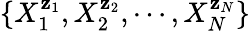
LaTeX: \{ X_{1}^{\mathbf{z}_{1}},X_{2}^{\mathbf{z}_{2}},\cdots,X_{N}^{\mathbf{z}_{N}}\}